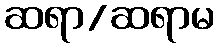
ဆရာ/ဆရာမ